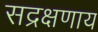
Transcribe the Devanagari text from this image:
सद्रक्षणाय